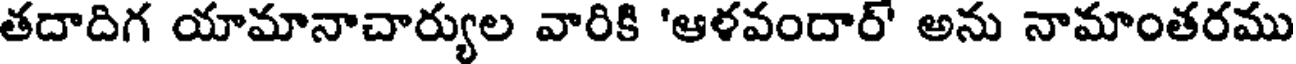
తదాదిగ యామానాచార్యుల వారికి 'ఆళవందార్' అను నామాంతరము